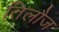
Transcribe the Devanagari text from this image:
तिलौज